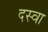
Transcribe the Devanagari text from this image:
दस्वा